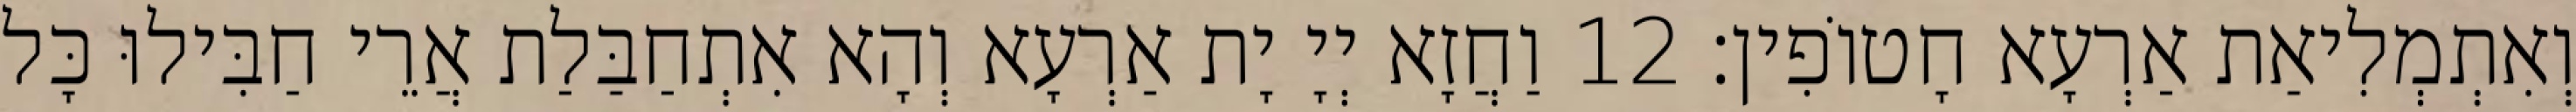
וְאִתְמְלִיאַת אַרְעָא חָטוֹפִין׃ 12 וַחֲזָא יְיָ יָת אַרְעָא וְהָא אִתְחַבַּלַת אֲרֵי חַבִּילוּ כָּל